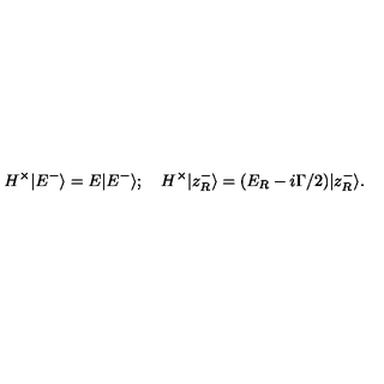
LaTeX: H ^ { \times } | E ^ { - } \rangle = E | E ^ { - } \rangle ; \quad H ^ { \times } | z _ { R } ^ { - } \rangle = ( E _ { R } - i \Gamma / 2 ) | z _ { R } ^ { - } \rangle .